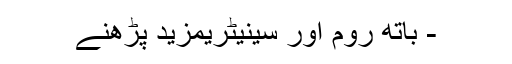
- باتھ روم اور سینیٹریمزید پڑھنے